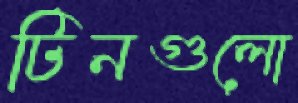
টিনগুলো